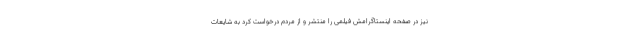
نیز در صفحه اینستاگرامش فیلمی را منتشر و از مردم درخواست کرد به شایعات